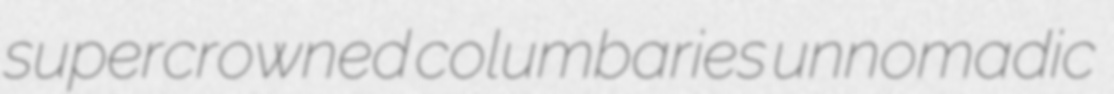
supercrowned columbaries unnomadic